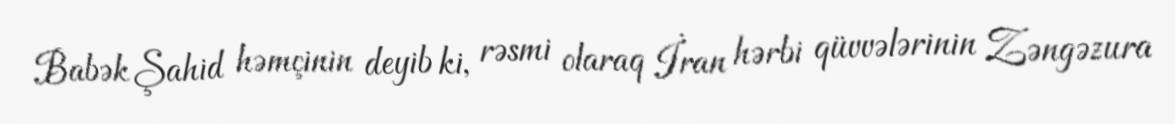
Babək Şahid həmçinin deyib ki, rəsmi olaraq İran hərbi qüvvələrinin Zəngəzura